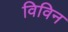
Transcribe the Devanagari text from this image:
विविन